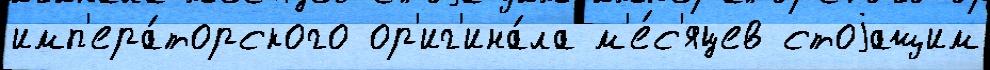
имп'ера́торского ор'иг'ина́ла м'е́с'яцев стоjащим